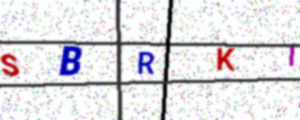
Text: SBRKT